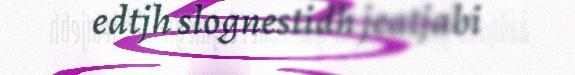
edtjh slognestidh jeatjabi